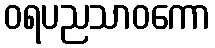
ဝရပညသာဝကော